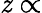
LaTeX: \mathit{z}\propto